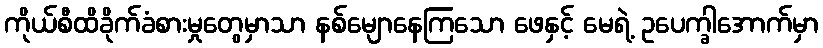
ကိုယ်စီထိခိုက်ခံစားမှုတွေမှာသာ နစ်မျောနေကြသော ဖေနှင့် မေရဲ့ ဥပေက္ခါအောက်မှာ